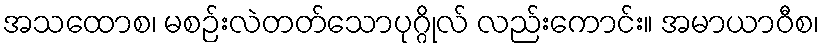
အသထောစ၊ မစဉ်းလဲတတ်သောပုဂ္ဂိုလ် လည်းကောင်း။ အမာယာဝီစ၊